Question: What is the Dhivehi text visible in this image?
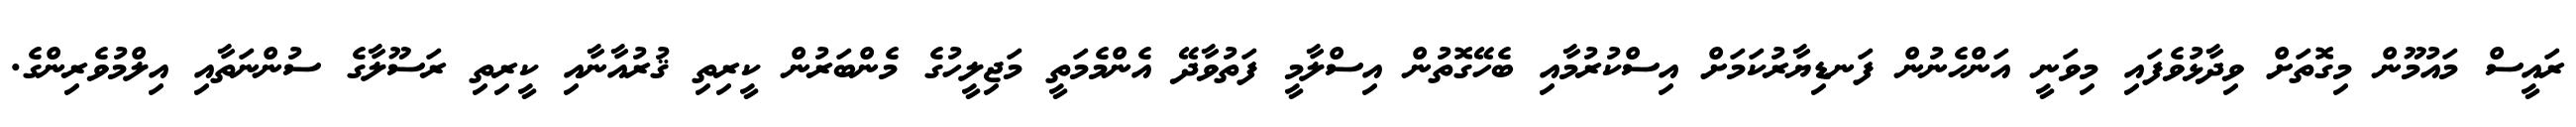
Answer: ރައީސް މައުމޫން މިގޮތަށް ވިދާޅުވެފައި މިވަނީ އަންހެނުން ފަނޑިޔާރުކަމަށް އިސްކުރުމާއި ބެހޭގޮތުން އިސްލާމީ ފަތުވާދޭ އެންމެމަތީ މަޖިލީހުގެ މެންބަރުން ކީރިތި ޤުރުއާނާއި ކީރިތި ރަސޫލާގެ ސުންނަތާއި އިލްމުވެރިންގެ.